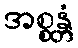
အစ္စန္တံ